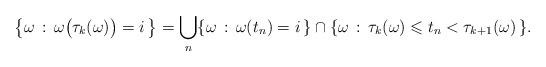
LaTeX: \begin{align*}\big \{\omega\,:\,\omega\big(\tau_k(\omega)\big)=i\,\big\}=\bigcup_n \{\omega\,:\,\omega(t_n)=i\,\}\cap \{\omega\,:\,\tau_{k}(\omega)\leqslant t_n<\tau_{k+1}(\omega)\,\}.\end{align*}